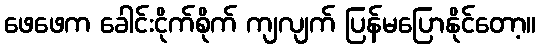
ဖေဖေက ခေါင်းငိုက်စိုက် ကျလျက် ပြန်မပြောနိုင်တော့။